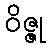
ဝိဇ္ဇု